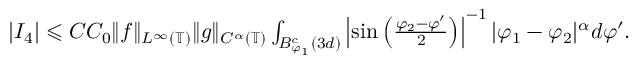
\begin{array} { r } { | I _ { 4 } | \leqslant C C _ { 0 } \| f \| _ { L ^ { \infty } ( \mathbb { T } ) } \| g \| _ { C ^ { \alpha } ( \mathbb { T } ) } \int _ { B _ { \varphi _ { 1 } } ^ { c } ( 3 d ) } \left| \sin \left( \frac { \varphi _ { 2 } - \varphi ^ { \prime } } { 2 } \right) \right| ^ { - 1 } | \varphi _ { 1 } - \varphi _ { 2 } | ^ { \alpha } d \varphi ^ { \prime } . } \end{array}